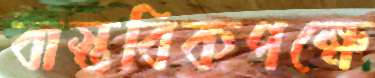
বাস্তবিকপক্ষে